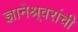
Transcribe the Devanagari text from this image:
ज्ञानेश्र्वरांची